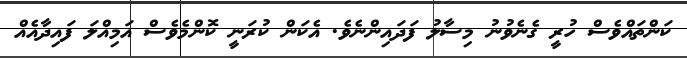
ކަންތައްވެސް ހުރީ ގެނެވުނު މިސާލު ފަދައިންނެވެ. އެކަން ކުރަނީ ކޮންމެވެސް އަމިއްލަ ފައިދާއެއް